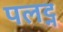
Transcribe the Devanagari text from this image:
पलट्न